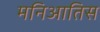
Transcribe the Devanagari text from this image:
मनिआतिस